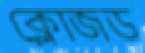
ক্লোজড